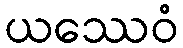
ယဿေဝံ